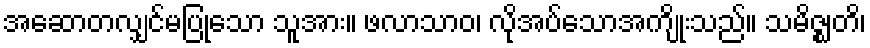
အဆောတလျှင်မပြုသော သူအား။ ဖလာသာဝ၊ လိုအပ်သောအကျိုးသည်။ သမိဇ္ဈတိ၊